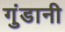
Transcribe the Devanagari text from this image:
गुंडानी